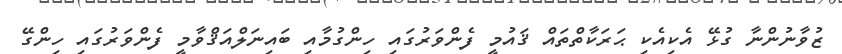
ޒުވާނުންނާ ގުޅޭ އެކިއެކި ޙަރަކާތްތައް ޤައުމީ ފެންވަރުގައި ހިންގުމާއި ބައިނަލްއަޤްވާމީ ފެންވަރުގައި ހިންގޭ